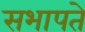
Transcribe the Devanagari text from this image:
सभापते